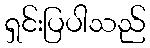
ရှင်းပြပါသည်